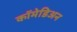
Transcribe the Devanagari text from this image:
कॉमेडिअन